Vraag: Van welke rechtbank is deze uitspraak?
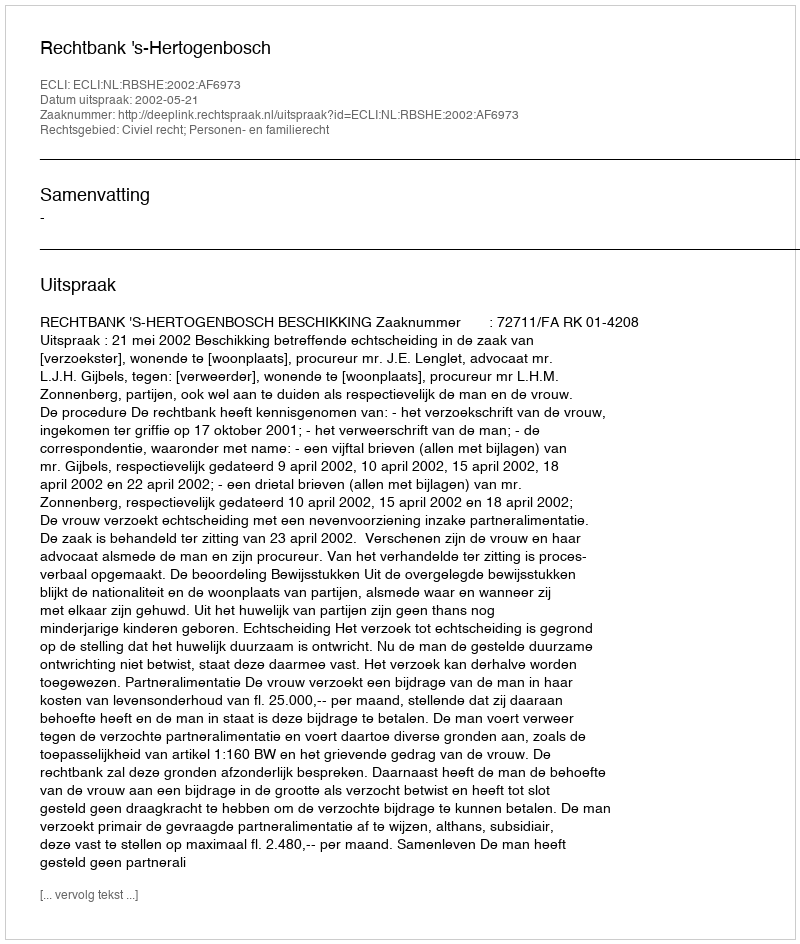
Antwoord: Rechtbank 's-Hertogenbosch